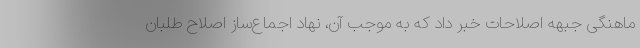
ماهنگی جبهه اصلاحات خبر داد که به موجب آن، نهاد اجماع‌ساز اصلاح طلبان